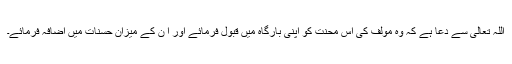
اللہ تعالی سے دعا ہے کہ وہ مولف کی اس محنت کو اپنی بارگاہ میں قبول فرمائے اور ا ن کے میزان حسنات میں اضافہ فرمائے۔